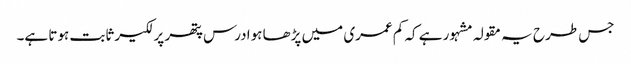
جس طرح یہ مقولہ مشہور ہے کہ کم عمری میں پڑھا ہوا درس پتھر پر لکیر ثابت ہوتا ہے۔